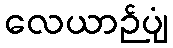
လေယာဉ်ပျံ